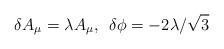
LaTeX: \begin{align*}\delta A_{\mu}=\lambda A_{\mu},\,\,\,\delta \phi=-2\lambda/\sqrt 3\end{align*}